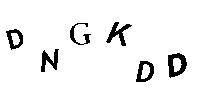
DNGKDD